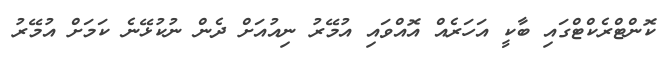
ކޮންޓްރެކްޓްގައި ބާކީ އަހަރެއް އޮއްވައި އުމޭރު ނިއުއަށް ދެން ނުކުޅޭނެ ކަމަށް އުމޭރު